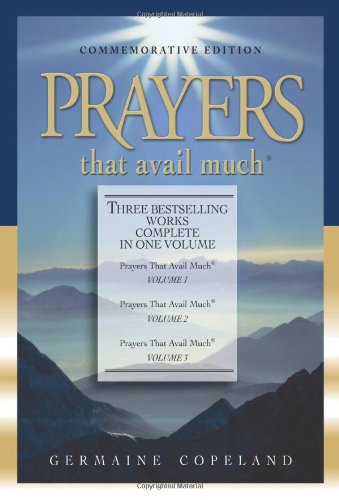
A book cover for Prayers that Avail Much: Commemorative Edition (3 Vols. in 1); Germaine Copeland; Christian Books & Bibles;